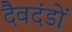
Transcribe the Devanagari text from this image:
दैवदंडों